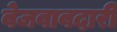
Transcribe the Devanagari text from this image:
बेजबाबदारी